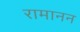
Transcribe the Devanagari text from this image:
रामानन